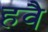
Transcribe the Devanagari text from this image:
हवै